Vao_vallavalitsus, lk 19
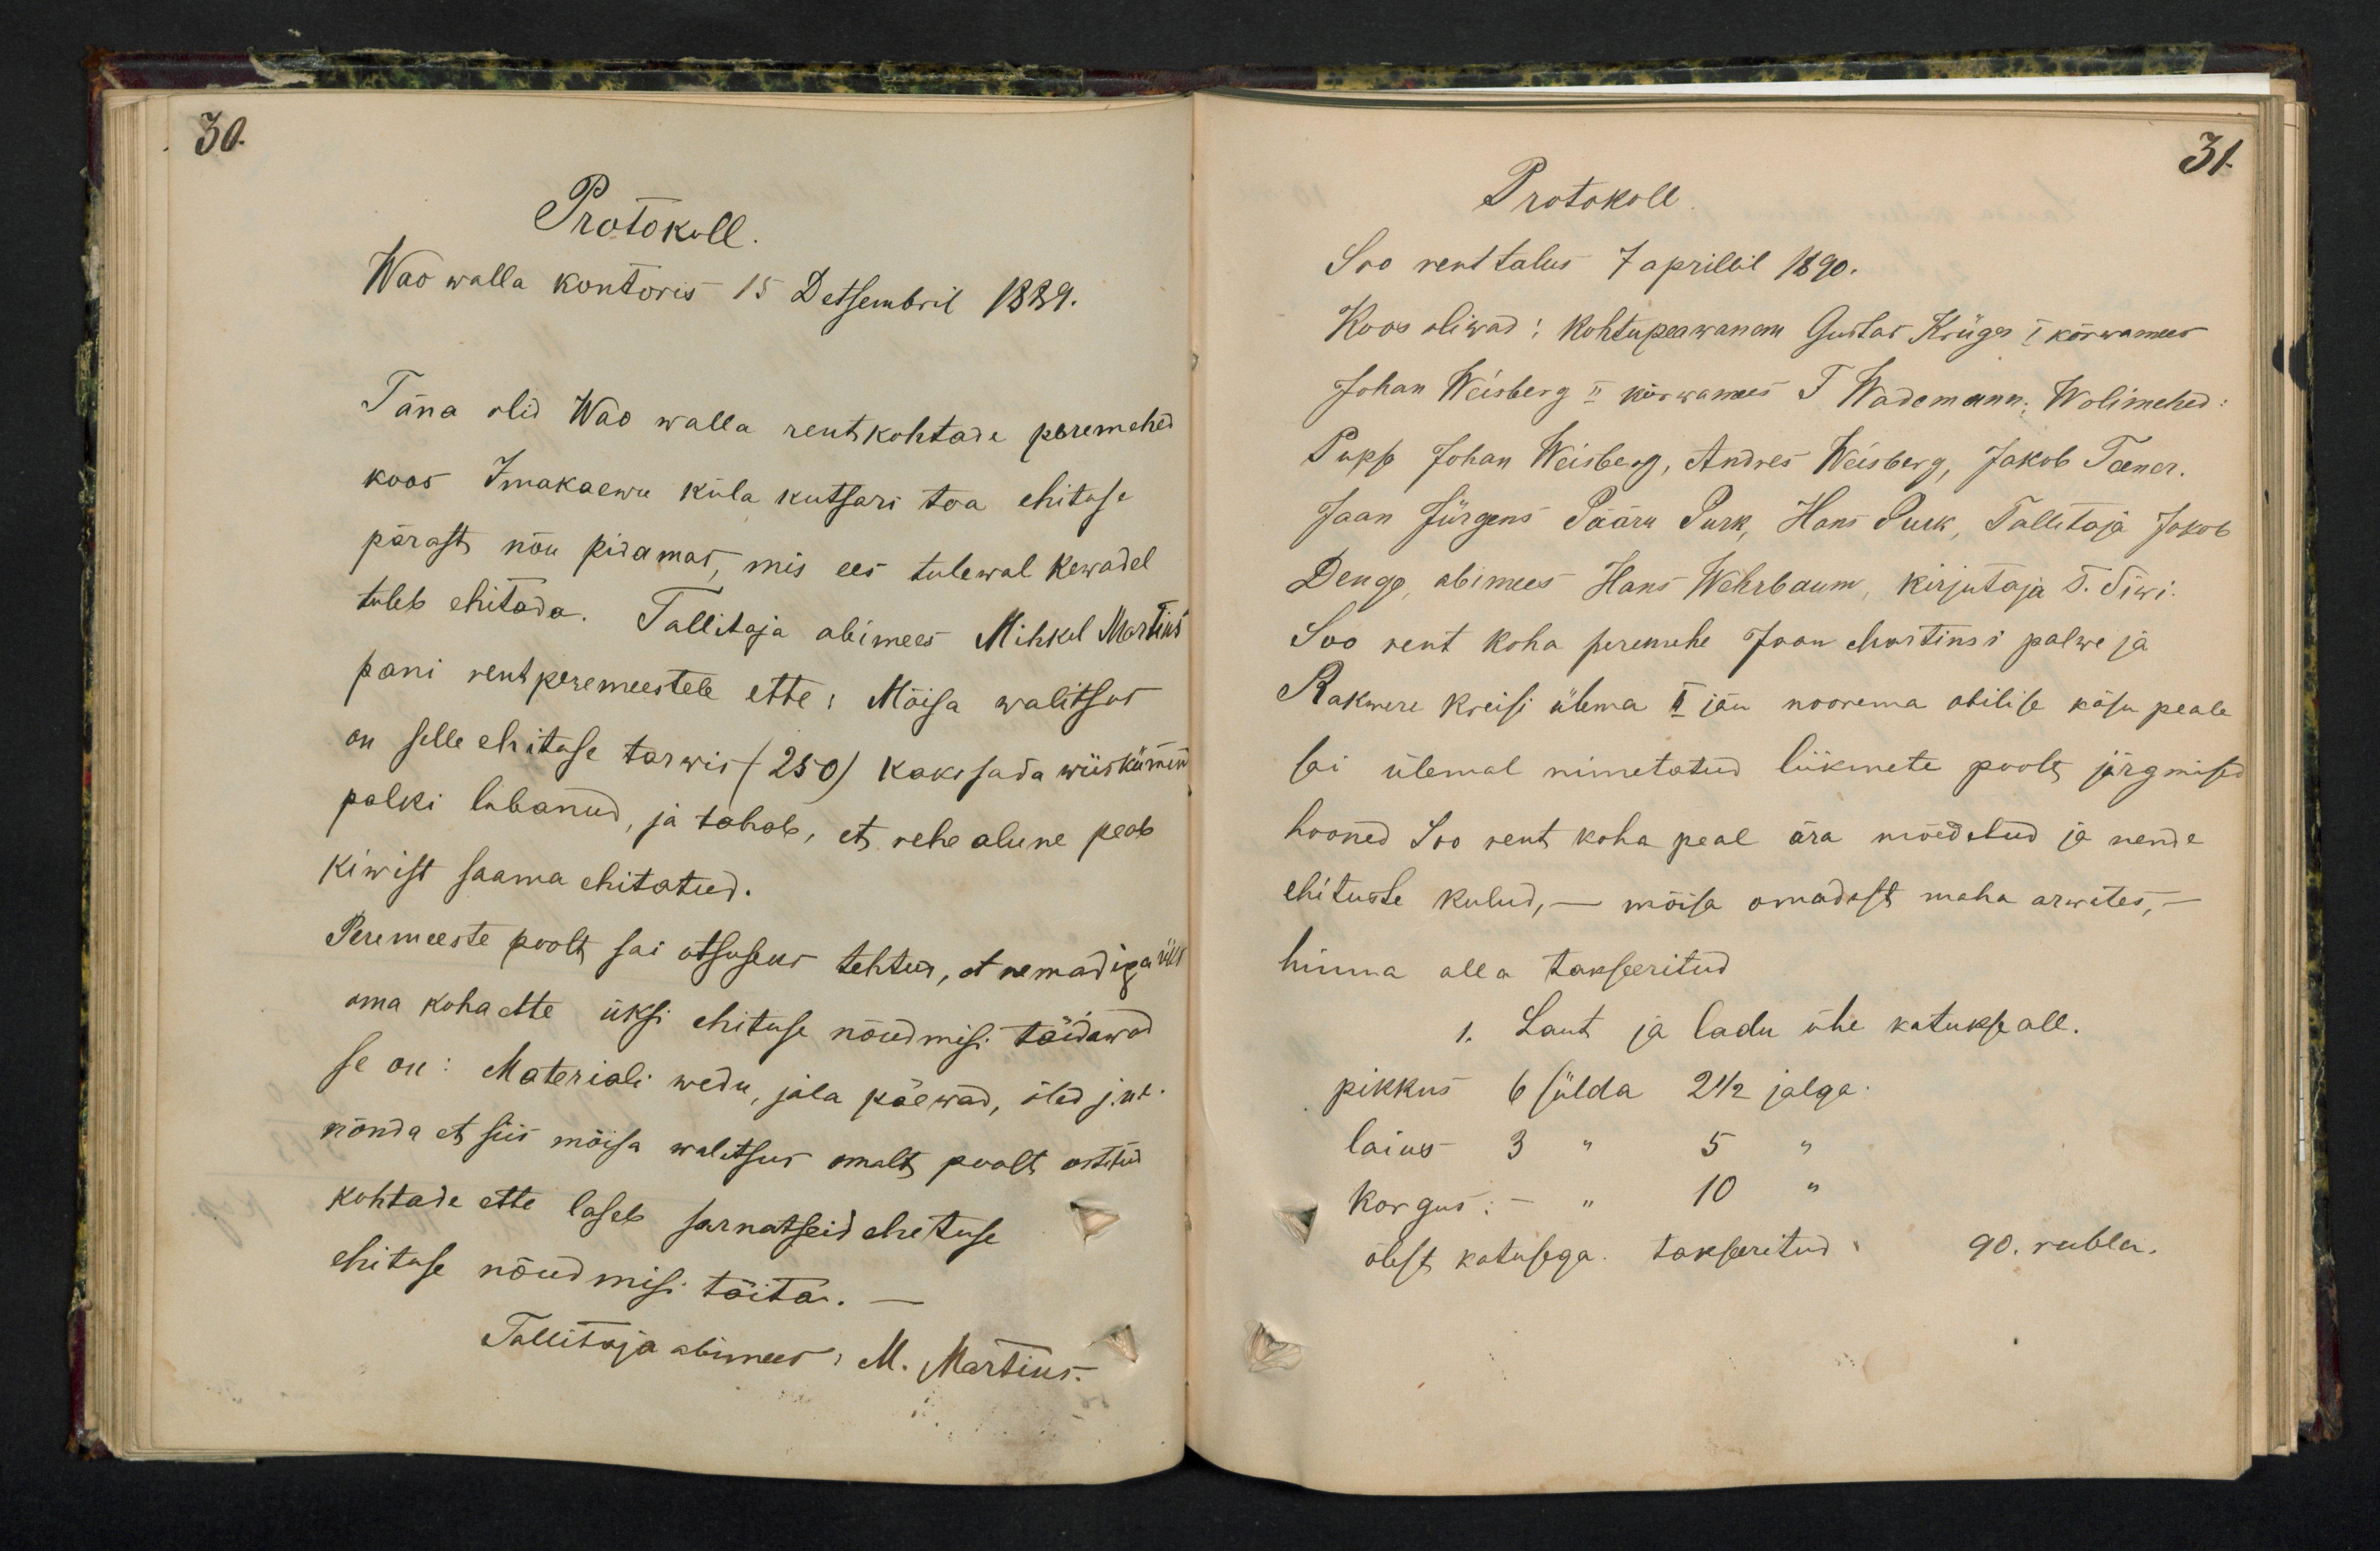
30.

Protokoll.
Wao walla kontoris 15 Detsembril 1889.
Täna olid Wao walla rentikohtade peremehed
koos Imakaewu küla kutsari toa ehituse
pärast nõu pidamas mis ees tulewal kewadel
tuleb ehitada. Tallitaja abimees Mihkel Martins
pani rentperemeestele ette: Mõisa walitsus
on selle ehituse tarwis (250) kaks sada wiiskümend
palki lubanud, ja tahab, et rehe alune peab
kiwist saama ehitatud.
Peremeeste poolt sai otsuseks tehtud, et nemad iga üks
oma koha ette üksi ehituse nõudmisi täidawad
se on: Materiali wedu, jala päewad, õled j.n.e.
nõnda et siis mõisa walitsus omalt poolt ostetud
kohtade ette laseb sarnatsid ehituse
ehituse nõudmisi täita.
Tallitaja abimees: M. Martius.

31.
Protokoll
Soo rent talus 7 aprillil 1890.
Koos oliwad: Kohtupeawanem Gustar Krüger I kõrwamees
Johan Weisberg II kõrwamees T Wademann. Wolimehed.
Pupp Johan Weisberg, Andres Weisberg, Jakob Teener
Jaan Jürgens, Pääru Purk, Hans Purk, Tallitaja Jakob
Dengo abimees Hans Wehrbaum, kirjutaja T. Siwi.
Soo rent koha peremehe Jaan Martinsi palwe ja
Rakwere kreisi ülema II jäu noorema abilise käsu peale
sai ülemal nimetatud liikmete poolt järgmised
hooned Soo rent koha peal ära mõedetud ja nende
ehituste kulud, - mõisa omadest maha arwates,
hinna alla takseeritud
1. Laut ja ladu ühe katukse all.
pikkus 6 sülda 2 1/2 jalga
laius 3 " 5 "
Korgus: - " 10
õlest katusega. takseritud  " 90 rubla.